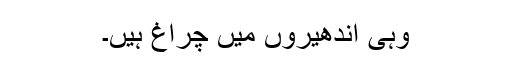
وہی اندھیروں میں چراغ ہیں۔